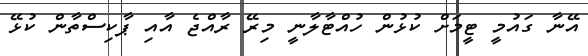
އޭނާ ގައުމީ ޓީމަށް ކުޅުން ހުއްޓާލާނީ މިރޭ ރާއްޖެ އާއި ޕާކިސްތާން ކުޅޭ